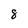
Character: 8